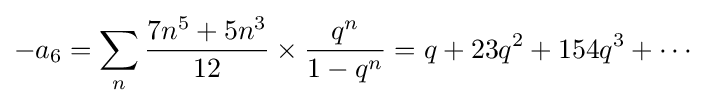
-a_{6}=\sum _{n}{\frac {7n^{5}+5n^{3}}{12}}\times {\frac {q^{n}}{1-q^{n}}}=q+23q^{2}+154q^{3}+\cdots